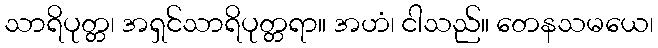
သာရိပုတ္တ၊ အရှင်သာရိပုတ္တရာ။ အဟံ၊ ငါသည်။ တေနသမယေ၊